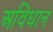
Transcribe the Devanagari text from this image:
अविधान